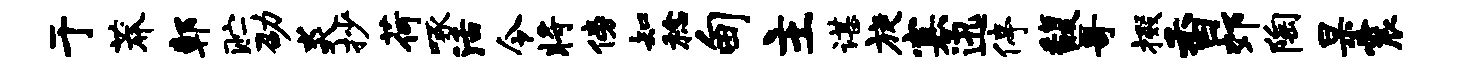
于莽鄣贮劭炎抄荷啄活令将傍知稔甸主谌旋寡迅停馥哥掇香郊陶杲震